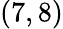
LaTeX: (7,8)